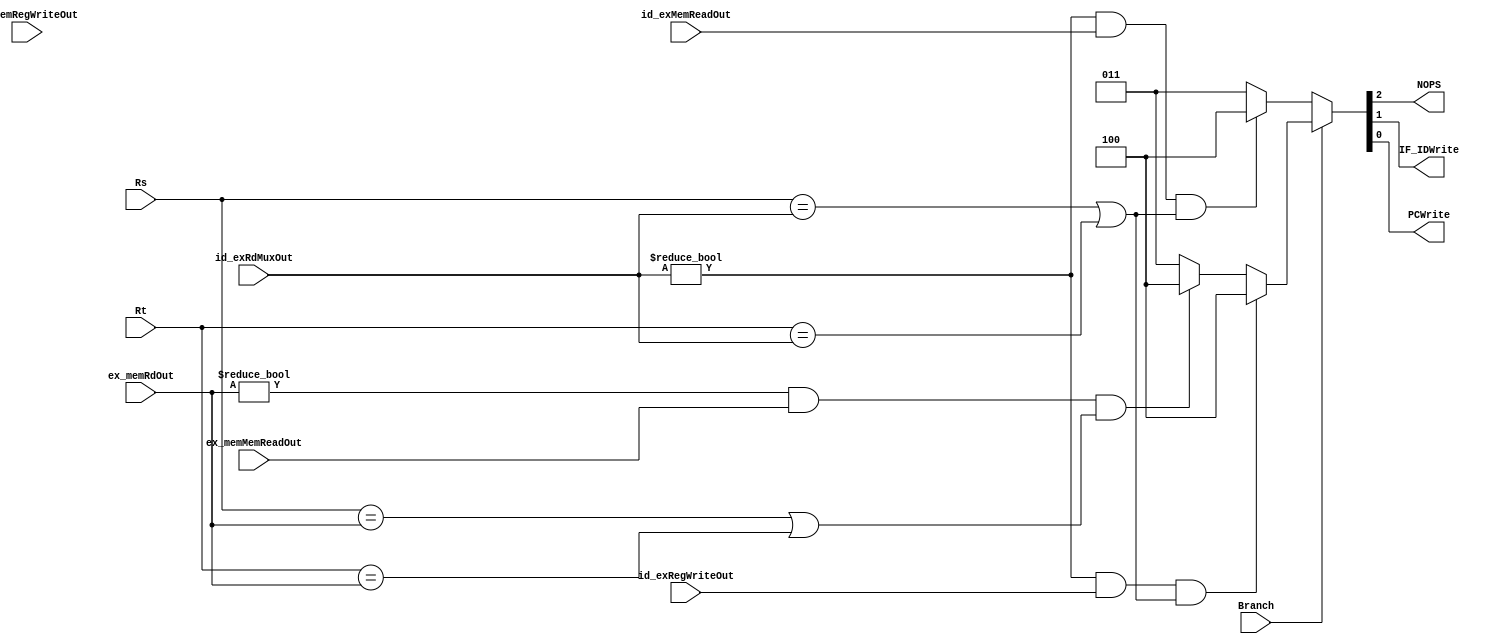
module hazard(input [4:0] Rs, Rt, id_exRdMuxOut, ex_memRdOut,
                   input id_exMemReadOut, id_exRegWriteOut, ex_memMemReadOut, ex_memRegWriteOut, Branch,
                   output reg NOPS, IF_IDWrite, PCWrite);
                   
    initial {NOPS, IF_IDWrite, PCWrite} <= 3'b011;
    always@(Rs, Rt, id_exRdMuxOut, ex_memRdOut, id_exMemReadOut, 
            id_exRegWriteOut, ex_memMemReadOut, ex_memRegWriteOut, Branch)begin
              
              if(Branch)begin
                if((id_exRdMuxOut != 0) && (id_exRegWriteOut == 1'b1) && (Rs == id_exRdMuxOut || Rt == id_exRdMuxOut))
                  {NOPS, IF_IDWrite, PCWrite} <= 3'b100;
                else if ((ex_memRdOut != 0) && (ex_memMemReadOut == 1'b1) && (Rs == ex_memRdOut || Rt == ex_memRdOut))
                  {NOPS, IF_IDWrite, PCWrite} <= 3'b100;
                else 
                  {NOPS, IF_IDWrite, PCWrite} <= 3'b011;
              end
              else begin
                if ((id_exRdMuxOut != 0) && (id_exMemReadOut == 1'b1) && (Rs == id_exRdMuxOut || Rt == id_exRdMuxOut))
                  {NOPS, IF_IDWrite, PCWrite} <= 3'b100;
                else
                  {NOPS, IF_IDWrite, PCWrite} <= 3'b011;
              end
            end
endmodule